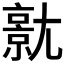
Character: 𡰗